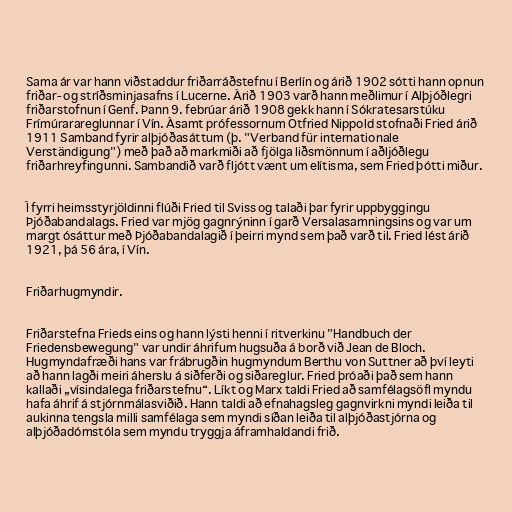
Sama ár var hann viðstaddur friðarráðstefnu í Berlín og árið 1902 sótti hann opnun
friðar- og stríðsminjasafns í Lucerne. Árið 1903 varð hann meðlimur í Alþjóðlegri
friðarstofnun í Genf. Þann 9. febrúar árið 1908 gekk hann í Sókratesarstúku
Frímúrarareglunnar í Vín. Ásamt prófessornum Otfried Nippold stofnaði Fried árið
1911 Samband fyrir alþjóðasáttum (þ. "Verband für internationale
Verständigung") með það að markmiði að fjölga liðsmönnum í aðljóðlegu
friðarhreyfingunni. Sambandið varð fljótt vænt um elítisma, sem Fried þótti miður.

Í fyrri heimsstyrjöldinni flúði Fried til Sviss og talaði þar fyrir uppbyggingu
Þjóðabandalags. Fried var mjög gagnrýninn í garð Versalasamningsins og var um
margt ósáttur með Þjóðabandalagið í þeirri mynd sem það varð til. Fried lést árið
1921, þá 56 ára, í Vín.

Friðarhugmyndir.

Friðarstefna Frieds eins og hann lýsti henni í ritverkinu "Handbuch der
Friedensbewegung" var undir áhrifum hugsuða á borð við Jean de Bloch.
Hugmyndafræði hans var frábrugðin hugmyndum Berthu von Suttner að því leyti
að hann lagði meiri áherslu á siðferði og siðareglur. Fried þróaði það sem hann
kallaði „vísindalega friðarstefnu“. Líkt og Marx taldi Fried að samfélagsöfl myndu
hafa áhrif á stjórnmálasviðið. Hann taldi að efnahagsleg gagnvirkni myndi leiða til
aukinna tengsla milli samfélaga sem myndi síðan leiða til alþjóðastjórna og
alþjóðadómstóla sem myndu tryggja áframhaldandi frið.